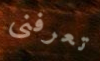
تعرفنى